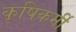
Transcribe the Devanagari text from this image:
कृषिकर्मी